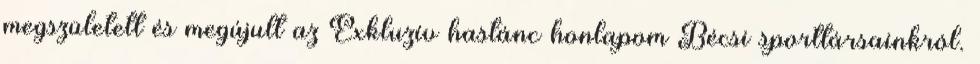
megszületett és megújult az Exkluzív hastánc honlapom Bécsi sporttársainkról.